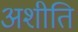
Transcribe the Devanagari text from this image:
अशीति